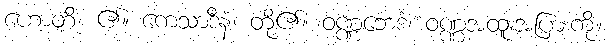
ဟောတိ၊ ၏။ ကေသာဒီနံ၊ တို့၏။ ဝဏ္ဏဘေဒံ၊ ဝဏ္ဏအထူးအပြားကို။